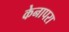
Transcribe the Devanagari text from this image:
केनापरा